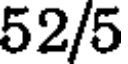
52/5